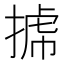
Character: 𢯯